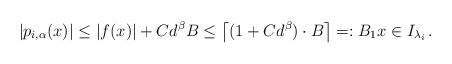
LaTeX: \begin{align*} |p_{i,\alpha}(x)| \leq |f(x)| + C d^\beta B \leq \left\lceil (1 + C d^\beta) \cdot B \right\rceil =: B_1 x \in I_{\lambda_i} \, . \end{align*}